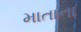
માતાના